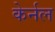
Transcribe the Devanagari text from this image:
केर्नल